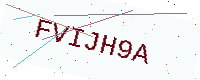
Text: FVIJH9A